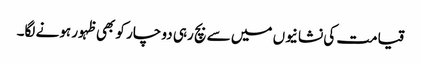
قیامت کی نشانیوں میں سے بچ رہی دو چار کو بھی ظہور ہونے لگا۔